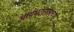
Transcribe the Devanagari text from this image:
आर्यभटानंतरच्या